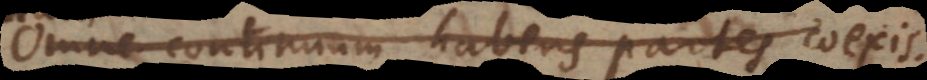
est continuum habens partes coexistentes.